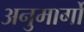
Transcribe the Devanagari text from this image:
अनुमार्गों